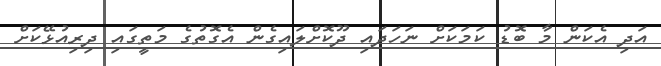
އަދި އެކަން މާ ބޮޑު ކަމަކަށް ނަހަދައި ދޫކޮށްލައިގެން އެގޮތުގެ މަތީގައި ދިރިއުޅޭކަށް